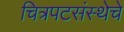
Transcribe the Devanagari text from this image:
चित्रपटसंस्थेचे